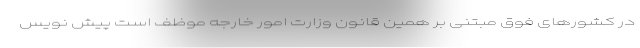
در کشورهای فوق مبتنی بر همین قانون وزارت امور خارجه موظف است پیش نویس